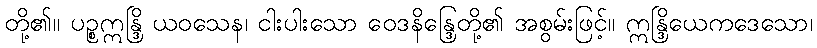
တို့၏။ ပဉ္စဣန္ဒြိ ယဝသေန၊ ငါးပါးသော ဝေဒနိန္ဒြေတို့၏ အစွမ်းဖြင့်။ ဣန္ဒြိယေကဒေသော၊